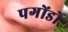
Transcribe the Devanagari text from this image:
पगोंडो